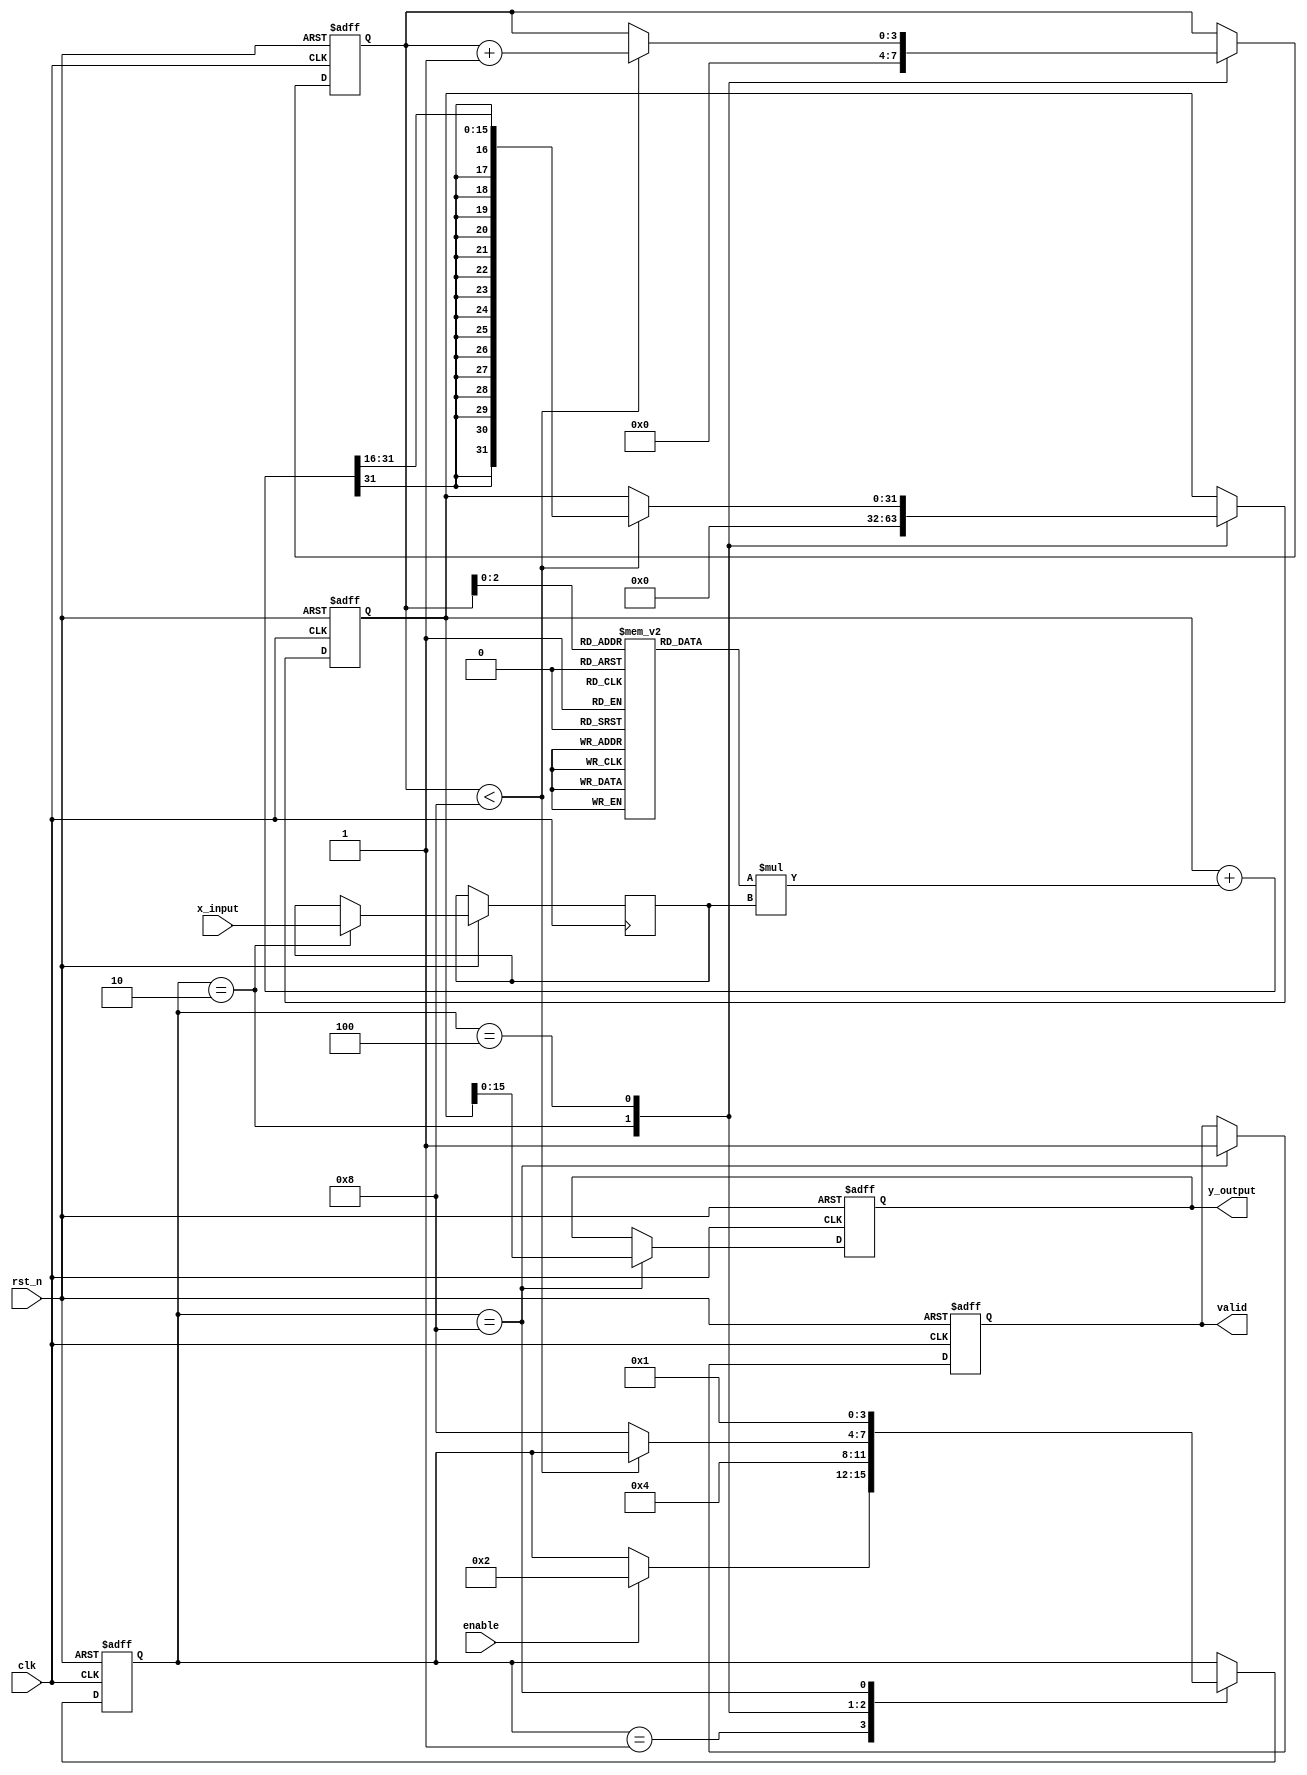
module cordic_polynomial_evaluator (
    input wire clk,
    input wire rst_n,
    input wire enable,
    input wire signed [15:0] x_input,
    output reg signed [15:0] y_output,
    output reg valid
);

// Parameters
parameter NUM_ITERATIONS = 8; // Number of CORDIC iterations
parameter COEFFICIENT_WIDTH = 16;
parameter ACCUMULATOR_WIDTH = 32;

reg signed [15:0] coeff_reg [0:NUM_ITERATIONS-1]; // Coefficient register file
reg signed [ACCUMULATOR_WIDTH-1:0] accumulator; // Accumulator
reg signed [15:0] x; // Internal variable for x
reg [3:0] state; // State for FSM
reg [3:0] iteration_count; // Current iteration count

// Initial coefficient values for a simple polynomial (e.g., x^2 + x + 1)
initial begin
    coeff_reg[0] = 16'h0001; // Coefficient for x^0 term
    coeff_reg[1] = 16'h0001; // Coefficient for x^1 term
    coeff_reg[2] = 16'h0001; // Coefficient for x^2 term
    coeff_reg[3] = 16'h0000; // No higher terms; pad for unused
    coeff_reg[4] = 16'h0000;
    coeff_reg[5] = 16'h0000;
    coeff_reg[6] = 16'h0000;
    coeff_reg[7] = 16'h0000;
end

// State machine definition
localparam IDLE = 4'b0001,
           LOAD = 4'b0010,
           COMPUTE = 4'b0100,
           DONE = 4'b1000;

always @(posedge clk or negedge rst_n) begin
    if (!rst_n) begin
        state <= IDLE;
        accumulator <= 0;
        iteration_count <= 0;
        valid <= 0;
        y_output <= 0;
    end else begin
        case (state)
            IDLE: begin
                if (enable) begin
                    state <= LOAD;
                end
            end

            LOAD: begin
                x <= x_input; // Load x value
                accumulator <= 0; // Clear the accumulator
                iteration_count <= 0; // Reset the iteration count
                state <= COMPUTE;
            end

            COMPUTE: begin
                if (iteration_count < NUM_ITERATIONS) begin
                    accumulator <= accumulator + (coeff_reg[iteration_count] * x) >>> 16; // Simple fixed-point multiply
                    iteration_count <= iteration_count + 1;
                end else begin
                    state <= DONE;
                end
            end

            DONE: begin
                y_output <= accumulator[15:0]; // Output the lower 16 bits
                valid <= 1; // Indicate valid output
                state <= IDLE; // Go back to idle
            end
        endcase
    end
end

endmodule